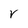
Character: r